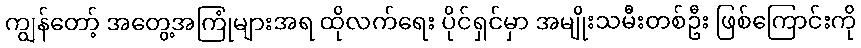
ကျွန်တော့် အတွေ့အကြုံများအရ ထိုလက်ရေး ပိုင်ရှင်မှာ အမျိုးသမီးတစ်ဦး ဖြစ်ကြောင်းကို